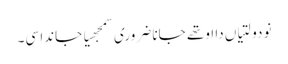
نو دولتیاں دا اوتھے جانا ضروری سمجھیا جاندا سی۔